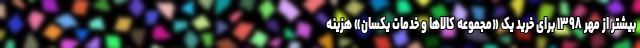
بیشتر از مهر ١٣٩٨ برای خرید یک «مجموعه کالاها و خدمات یکسان» هزینه